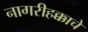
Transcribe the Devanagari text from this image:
नागरीहक्काचे